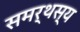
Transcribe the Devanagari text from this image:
समर्थस्य